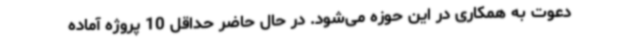
دعوت به همکاری در این حوزه می‌شود. در حال حاضر حداقل 10 پروژه آماده